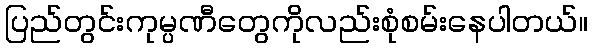
ပြည်တွင်းကုမ္ပဏီတွေကိုလည်းစုံစမ်းနေပါတယ်။